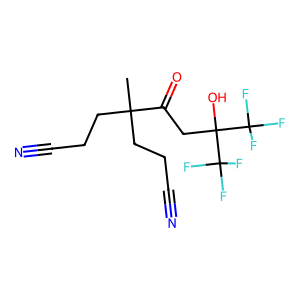
SMILES: CC(CCC#N)(CCC#N)C(=O)CC(O)(C(F)(F)F)C(F)(F)F
Inhibits HIV replication: No